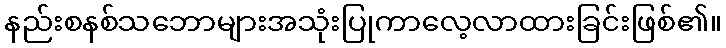
နည်းစနစ်သဘောများအသုံးပြုကာလေ့လာထားခြင်းဖြစ်၏။